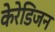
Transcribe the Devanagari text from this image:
केरेडिजन